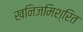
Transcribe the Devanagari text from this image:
खनिजमिश्रित